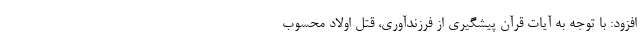
افزود: با توجه به آیات قرآن پیشگیری از فرزندآوری، قتل اولاد محسوب